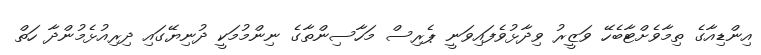
އިންޑިއާގެ ތިމާވެށްޓާބެހޭ ވަޒީރު ވިދާޅުވެފައިވަނީ ޕެރިސް މަހާސިންތާގެ ނިންމުމަކީ ދުނިޔޭގައި ދިރިއުޅެމުންދާ ހަތް